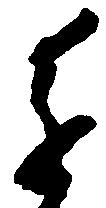
進